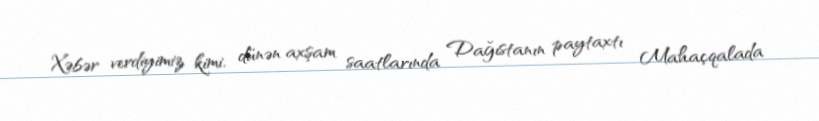
Xəbər verdiyimiz kimi, dünən axşam saatlarında Dağıstanın paytaxtı Mahaçqalada